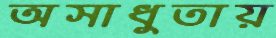
অসাধুতায়